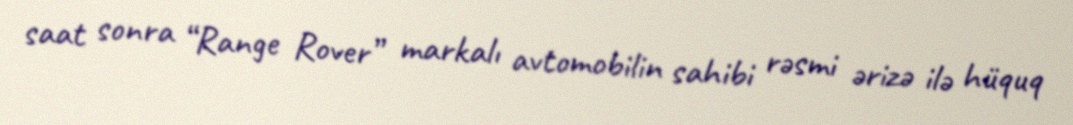
saat sonra “Range Rover” markalı avtomobilin sahibi rəsmi ərizə ilə hüquq